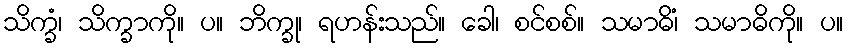
သိက္ခံ၊ သိက္ခာကို။ ပ။ ဘိက္ခု၊ ရဟန်းသည်။ ခေါ၊ စင်စစ်။ သမာဓိံ၊ သမာဓိကို။ ပ။